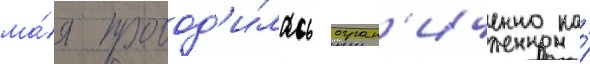
ма́я провод'и́лась огран'иченно на́